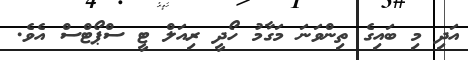
އަދި މި ބައިގެ ތިންވަނަ މަގާމު ހޯދީ ރިއަލް ޓީ ސްޕޯޓްސް އެވެ.